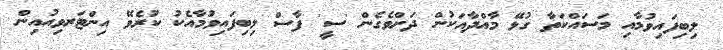
ލިބިފައިވުމާއި މަސައްކަތާ ގުޅޭ މާއްދާއަކުން ދަށްވެގެން 'ސީ' ފާސް ލިބިފައިވުމާއެކު ކުރެވޭ އިންޓަރވިއުއިން